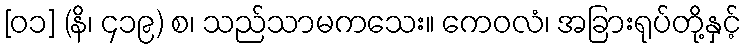
[၀၁] (နိ၊ ၄၁၉) စ၊ သည်သာမကသေး။ ကေဝလံ၊ အခြားရုပ်တို့နှင့်